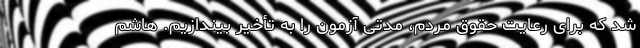
شد که برای رعایت حقوق مردم، مدتی آزمون را به تأخیر بیندازیم. هاشم